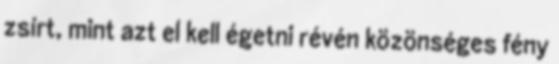
zsírt, mint azt el kell égetni révén közönséges fény